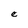
Character: e